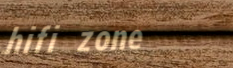
hifi zone